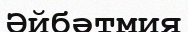
Әйбәтмия